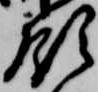
領